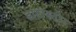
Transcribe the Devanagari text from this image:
डाटास्टोर